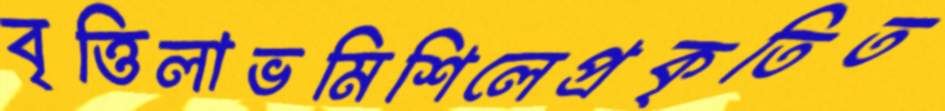
বৃত্তিলাভমিশিলেপ্রকৃতিত